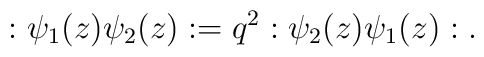
:\psi_1(z) \psi_2(z): = q^2 :  \psi_2(z) \psi_1(z):.